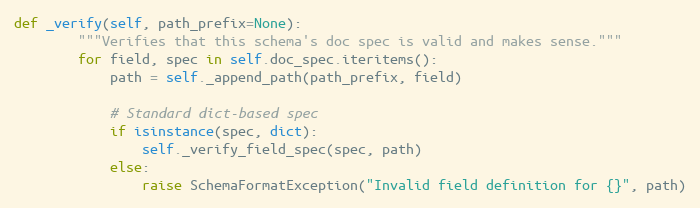
Language: Python
def _verify(self, path_prefix=None):
        """Verifies that this schema's doc spec is valid and makes sense."""
        for field, spec in self.doc_spec.iteritems():
            path = self._append_path(path_prefix, field)

            # Standard dict-based spec
            if isinstance(spec, dict):
                self._verify_field_spec(spec, path)
            else:
                raise SchemaFormatException("Invalid field definition for {}", path)